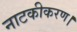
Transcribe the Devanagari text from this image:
नाटकीकरण।